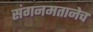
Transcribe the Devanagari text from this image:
संगनमतानेच